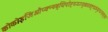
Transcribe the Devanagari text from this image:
कोकोइजिऔप्क्न्ब्ब्यिपोह्य्य्ग्य्व्ब्ब्व्त्च्व्त्र्फ्च्ग्फ्व्ग्व्ग